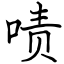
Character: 啧